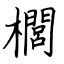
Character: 櫚